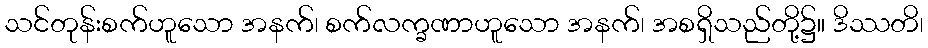
သင်တုန်းစက်ဟူသော အနက်၊ စက်လက္ခဏာဟူသော အနက်၊ အစရှိသည်တို့၌။ ဒိဿတိ၊